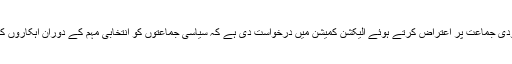
واضح رہے کہ بھارتی وزیر دفاع نے مودی جماعت پر اعتراض کرتے ہوئے الیکشن کمیشن میں درخواست دی ہے کہ سیاسی جماعتوں کو انتخابی مہم کے دوران اہکاروں کی تصاویر کے استعمال سے روکا جائے۔